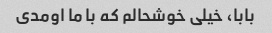
بابا، خیلی خوشحالم که با ما اومدی